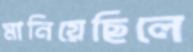
মানিয়েছিলে